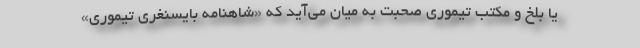
یا بلخ و مکتب تیموری صحبت به میان می‌آید که «شاهنامه بایسنغری تیموری»